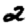
Digit: 2